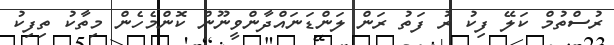
ރުސްތުމް ކަލޭ ފިކު ރު ފަތު ރަން ލަންޑަނައްދާންވީނޫން ކޮންމެހެން މިތާކު ތިފިކު